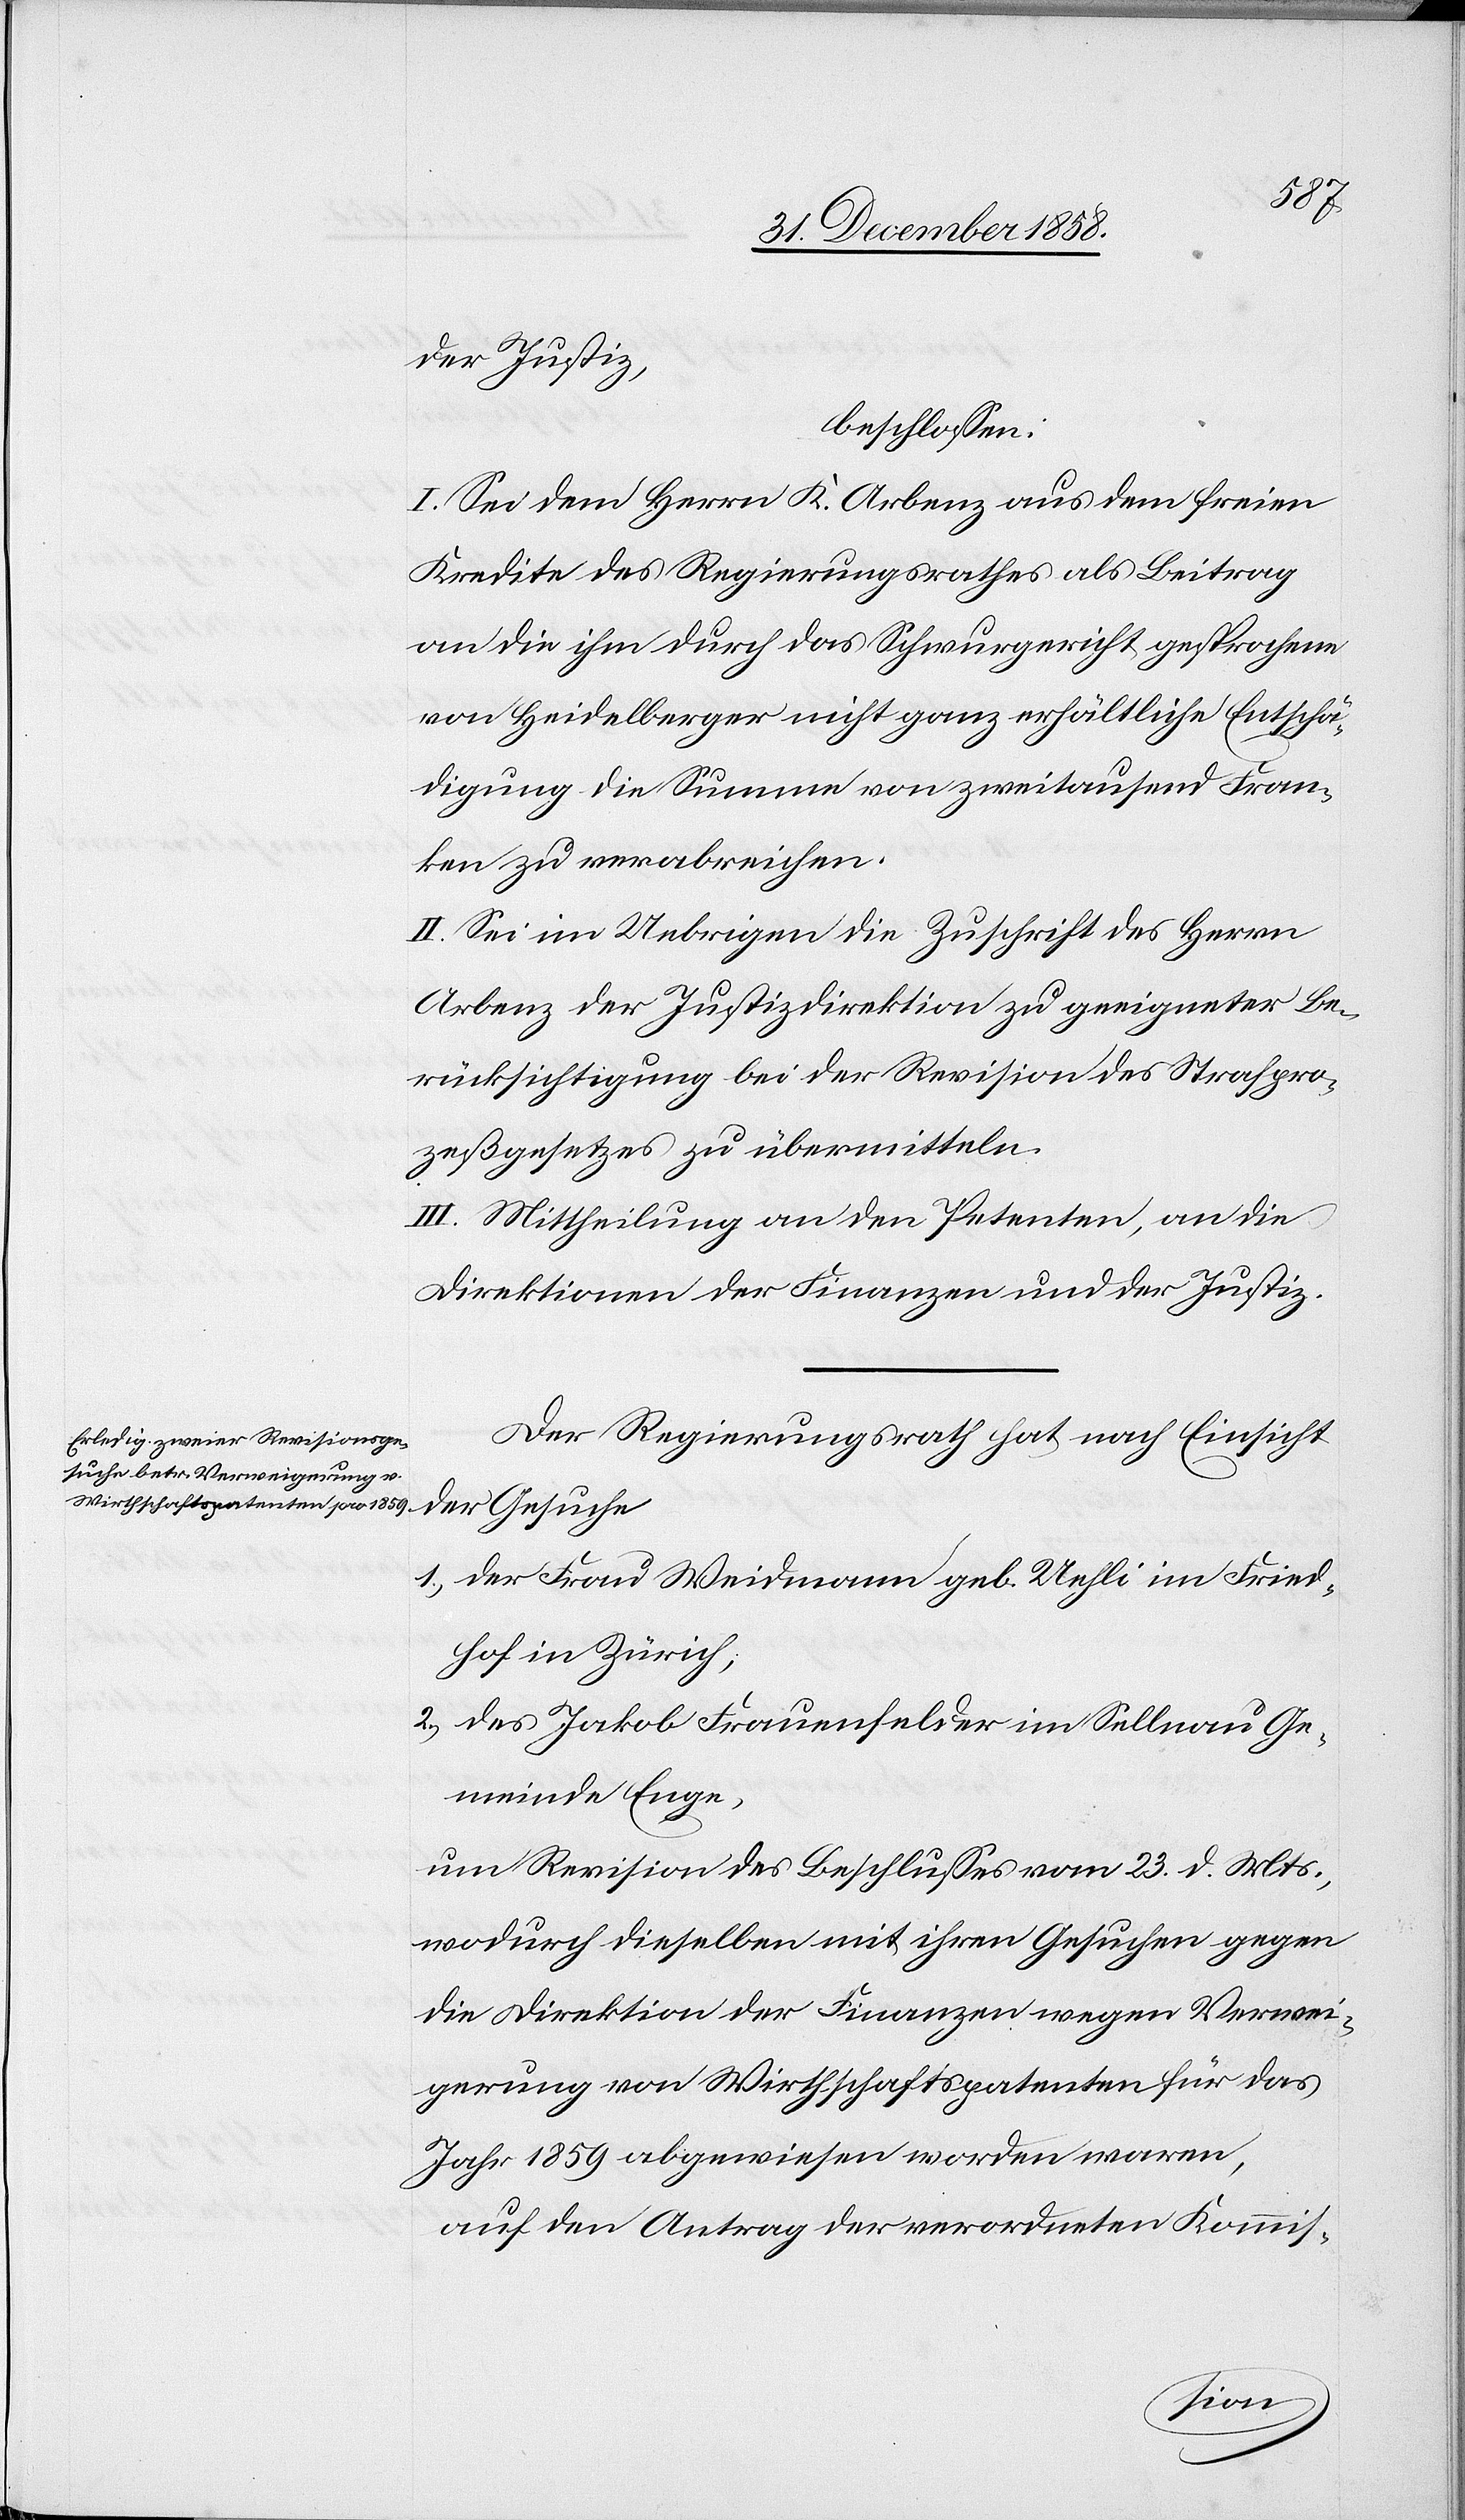
nach
beschlossen:
dem Gesuche